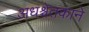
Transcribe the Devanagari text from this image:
अधश्चेतकाने